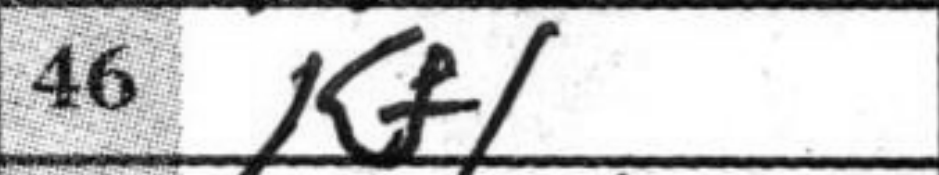
Transcription: Kf1